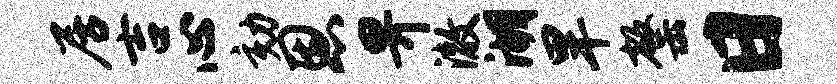
居吉心劾恩畀澈湖旱罄日